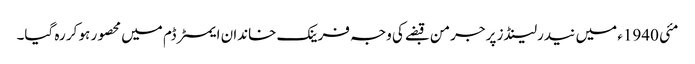
مئی 1940ء میں نیدرلینڈز پر جرمن قبضے کی وجہ فرینک خاندان ایمسٹرڈم میں محصور ہو کر رہ گیا۔